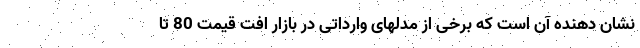
نشان دهنده آن است که برخی از مدلهای وارداتی در بازار افت قیمت 80 تا